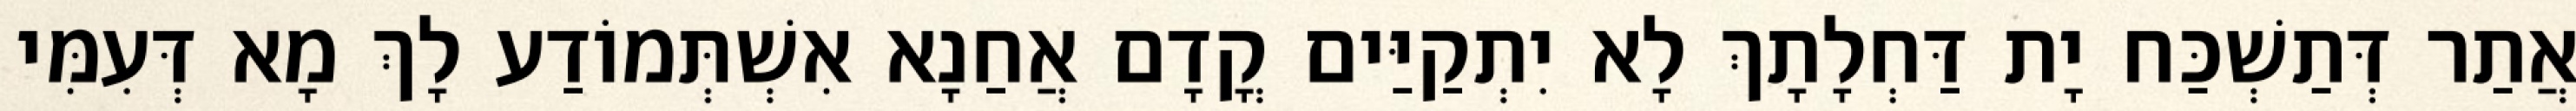
אֲתַר דְּתַשְׁכַּח יָת דַּחְלָתָךְ לָא יִתְקַיַּים קֳדָם אֲחַנָא אִשְׁתְּמוֹדַע לָךְ מָא דְּעִמִּי